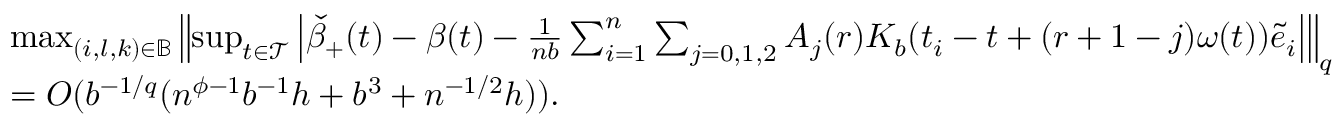
\begin{array} { r l } & { \operatorname* { m a x } _ { ( i , l , k ) \in \mathbb { B } } \left\| \operatorname* { s u p } _ { t \in \mathcal { T } } \left| \check { \beta } _ { + } ( t ) - \beta ( t ) - \frac { 1 } { n b } \sum _ { i = 1 } ^ { n } \sum _ { j = 0 , 1 , 2 } A _ { j } ( r ) K _ { b } ( t _ { i } - t + ( r + 1 - j ) \omega ( t ) ) \tilde { e } _ { i } \right| \right\| _ { q } } \\ & { = O ( b ^ { - 1 / q } ( n ^ { \phi - 1 } b ^ { - 1 } h + b ^ { 3 } + n ^ { - 1 / 2 } h ) ) . } \end{array}